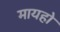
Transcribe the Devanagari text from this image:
मायहो